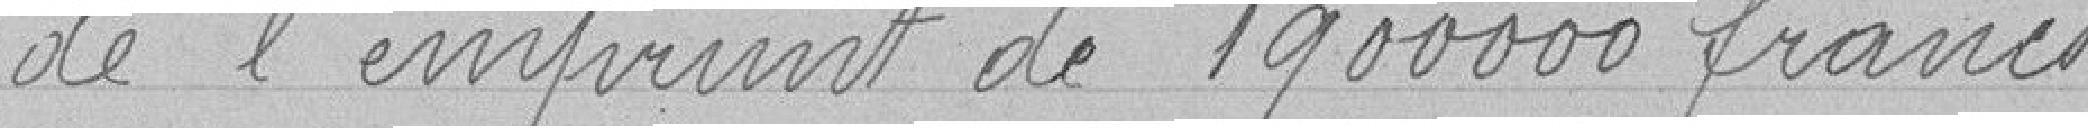
de l'emprunt de 190.000 francs.